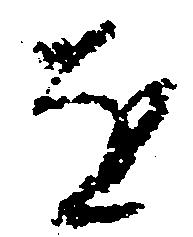
を